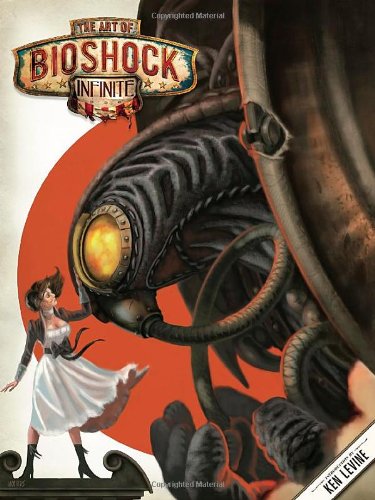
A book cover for The Art of Bioshock Infinite; Julian Murdoch; Humor & Entertainment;